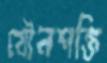
যৌনশক্তি